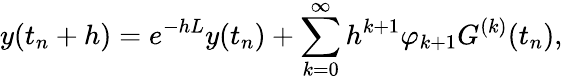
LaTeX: y(t_{n}+h)=e^{-hL}y(t_{n})+\sum_{k=0}^{\infty}h^{k+1}\varphi_{k+1}G^{(k)}(t_{n}),